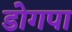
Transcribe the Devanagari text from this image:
डोगपा